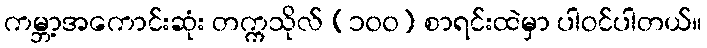
ကမ္ဘာ့အကောင်းဆုံး တက္ကသိုလ် (၁၀၀) စာရင်းထဲမှာ ပါဝင်ပါတယ်။